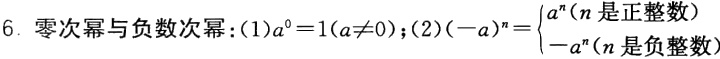
6. 零次幂与负数次幂：(1)$a^{0}=1(a\neq0)$；(2)$(-a)^{n}=\begin{cases}a^{n}(n是正整数)\\ -a^{n}(n是负整数)\end{cases}$